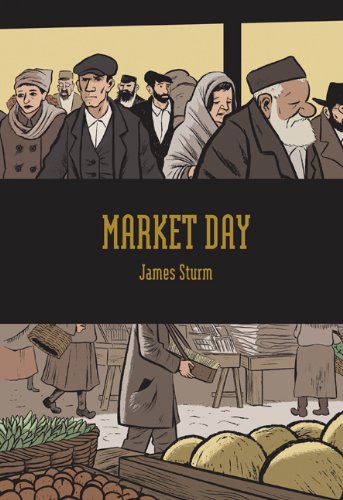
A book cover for Market Day; James Sturm; Comics & Graphic Novels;